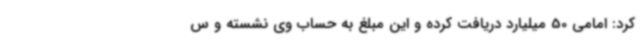
کرد: امامی 50 میلیارد دریافت کرده و این مبلغ به حساب وی نشسته و س